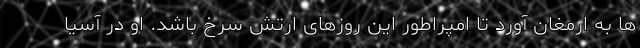
ها به ارمغان آورد تا امپراطور این روزهای ارتش سرخ باشد. او در آسیا